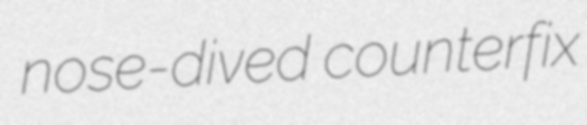
nose-dived counterfix